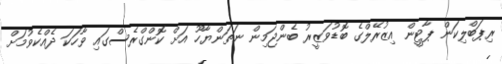
ރިޕަބްލިކަން ޕާޓީން އިޒުރޭލްގެ ބޮޑުވަޒީރު ބެންޖަމިން ނަތަންޔާހޫ އަށް ކޮންގްރެސްގައި ވާހަކަ ދެއްކެވުމަށް